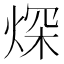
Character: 𤉾